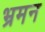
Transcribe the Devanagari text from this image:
भ्रमन